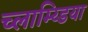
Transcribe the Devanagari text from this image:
च्लाम्य्डिया